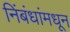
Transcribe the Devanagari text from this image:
निंबंधांमधून